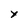
Character: y